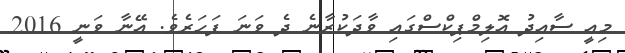
މިއީ ސާއިދު އޮލިމްޕިކްސްގައި ވާދަކުރާނެ ދެ ވަނަ ފަހަރެވެ. އޭނާ ވަނީ 2016